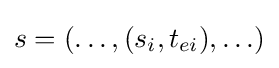
s=(\ldots ,(s_{i},t_{ei}),\ldots )